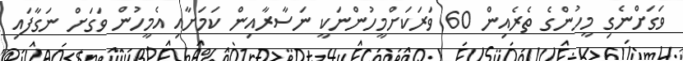
ވަގަށްނެގި މީހުންގެ ތެރެއިން 60 ވަރަކަށްމީހުންނަކީ ނަސާރާއިން ކަމަށާއި އެމީހުން ވަގަށް ނަގާފައި